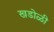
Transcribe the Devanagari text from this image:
खडोळी